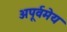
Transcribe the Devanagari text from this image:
अपूर्वमेय